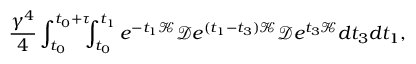
\frac { \gamma ^ { 4 } } { 4 } \int _ { t _ { 0 } } ^ { t _ { 0 } + \tau } \! \! \! \int _ { t _ { 0 } } ^ { t _ { 1 } } e ^ { - t _ { 1 } \mathcal { K } } \mathcal { D } e ^ { ( t _ { 1 } - t _ { 3 } ) \mathcal { K } } \mathcal { D } e ^ { t _ { 3 } \mathcal { K } } d t _ { 3 } d t _ { 1 } ,